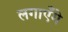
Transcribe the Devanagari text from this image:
लगाएँगे